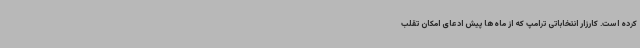
کرده است. کارزار انتخاباتی ترامپ که از ماه‌ها پیش ادعای امکان تقلب